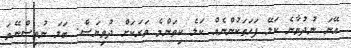
އޭނަ ނުދުވާނެ ކަލޭ ފަހަތަކުންނެއް ކަލެ ކިތަންމެ ވަރަކަށް ދުވިޔަސް. ބަލަ ނުވިސްނޭތަ